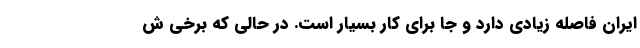
ایران فاصله زیادی دارد و جا برای کار بسیار است. در حالی که برخی ش